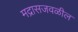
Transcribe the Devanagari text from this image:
मद्रासजवळील